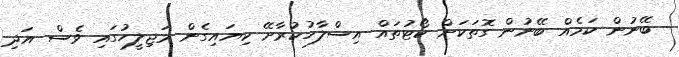
ބޭނުން ކަމެއް ބޭނުން ގޮތަކަށް ކޯޓުތައް އިސްލާހުކުރާށޭ ކިޔައިގެން މަޖިލީހުގައި ވެސް އަދި